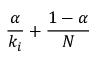
{ \frac { \alpha } { k _ { i } } } + { \frac { 1 - \alpha } { N } }